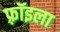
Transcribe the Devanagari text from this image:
फ़्रॉइला